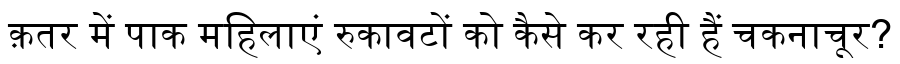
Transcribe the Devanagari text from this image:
क़तर में पाक महिलाएं रुकावटों को कैसे कर रही हैं चकनाचूर?